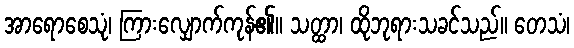
အာရောစေသုံ၊ ကြားလျှောက်ကုန်၏။ သတ္ထာ၊ ထိုဘုရားသခင်သည်။ တေသံ၊